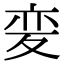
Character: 𭐦